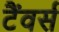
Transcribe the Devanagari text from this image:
टैंवर्स